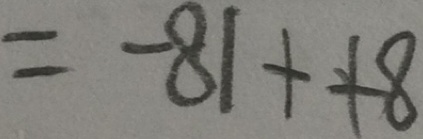
= - 8 1 + + 8